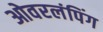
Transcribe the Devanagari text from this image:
ओवरलंपिंग